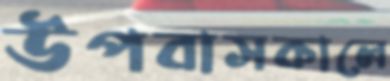
উপবাসকালে